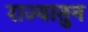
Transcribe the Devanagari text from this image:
राज्यातुन